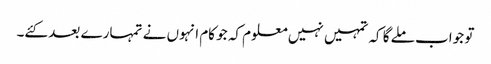
تو جواب ملے گا کہ تمہیں نہیں معلوم کہ جو کام انہوں نے تمہارے بعد کئے۔